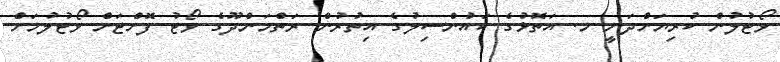
ވޯޓުލުން ކުރިޔަށްދަނީ މ. އަތޮޅުގެ ކައުންސިލުގެ އިތުރުން ރަތްމަންދޫގެ ވޯޓު ފޮށްޓަށް ވޯޓުލުމަށް